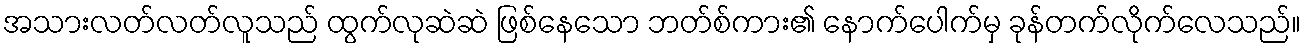
အသားလတ်လတ်လူသည် ထွက်လုဆဲဆဲ ဖြစ်နေသော ဘတ်စ်ကား၏ နောက်ပေါက်မှ ခုန်တက်လိုက်လေသည်။